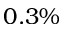
0 . 3 \%